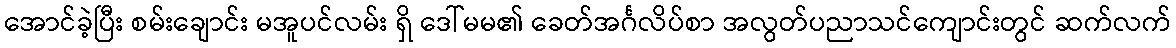
အောင်ခဲ့ပြီး စမ်းချောင်း မအူပင်လမ်း ရှိ ဒေါ်မမ၏ ခေတ်အင်္ဂလိပ်စာ အလွတ်ပညာသင်ကျောင်းတွင် ဆက်လက်